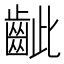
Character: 齜